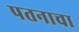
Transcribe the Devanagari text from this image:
पतनाचा